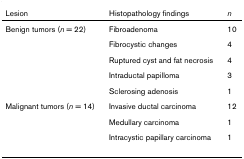
<table><thead><tr><td><b>Lesion</b></td><td><b>Histopathology findings</b></td><td><b><i>n</i></b></td></tr></thead><tbody><tr><td>Benign tumors (<i>n </i>= 22)</td><td>Fibroadenoma</td><td>10</td></tr><tr><td></td><td>Fibrocystic changes</td><td>4</td></tr><tr><td></td><td>Ruptured cyst and fat necrosis</td><td>4</td></tr><tr><td></td><td>Intraductal papilloma</td><td>3</td></tr><tr><td></td><td>Sclerosing adenosis</td><td>1</td></tr><tr><td>Malignant tumors (<i>n </i>= 14)</td><td>Invasive ductal carcinoma</td><td>12</td></tr><tr><td></td><td>Medullary carcinoma</td><td>1</td></tr><tr><td></td><td>Intracystic papillary carcinoma</td><td>1</td></tr></tbody></table>